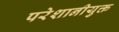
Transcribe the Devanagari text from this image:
परेशानीयुक्त